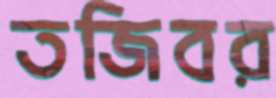
তজিবর